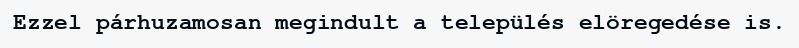
Ezzel párhuzamosan megindult a település elöregedése is.